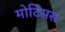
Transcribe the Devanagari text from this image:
मोटिसस